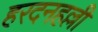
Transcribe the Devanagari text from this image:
हरदनहल्ली